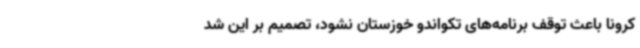
کرونا باعث توقف برنامه‌های تکواندو خوزستان نشود، تصمیم بر این شد